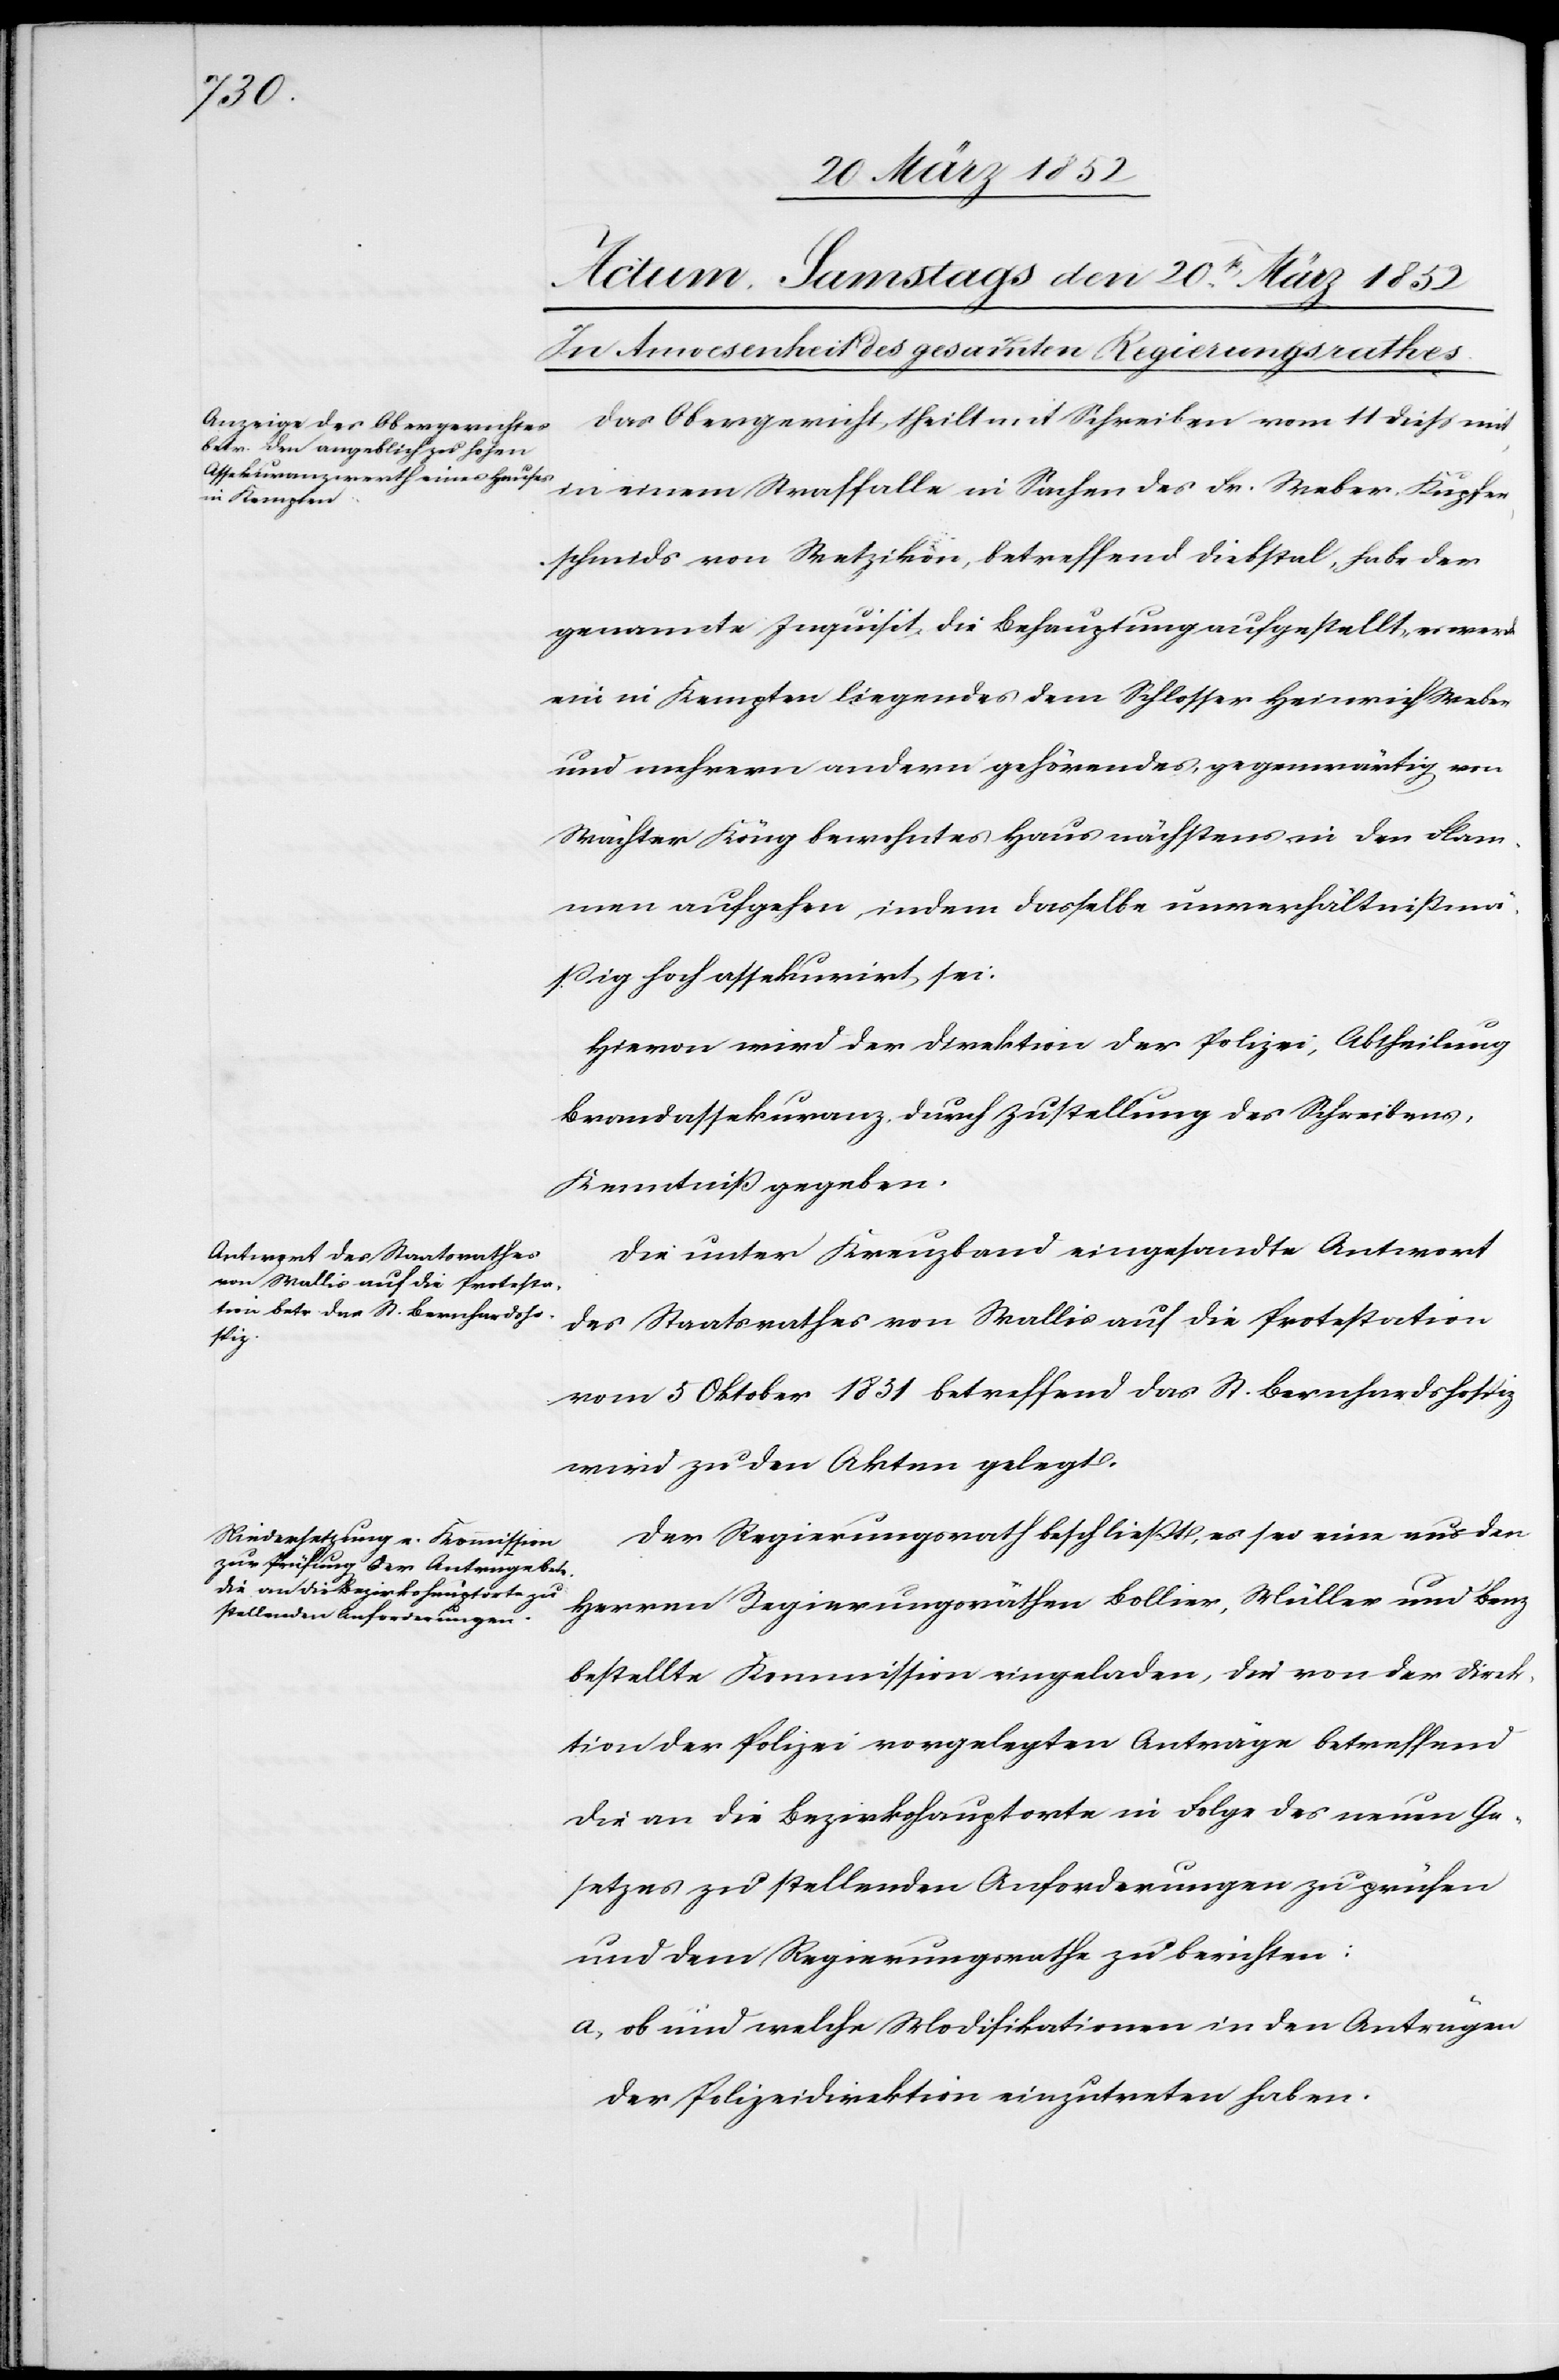
Polizei,

Das Obergericht theilt mit Schreiben vom 11 dieß mit,
in einem Straffalle in Sachen des Fr. Weber, Kupfer¬
schmids von Wetzikon, betreffend Diebstal, habe der
genannte Inquisit die Behauptung aufgestellt, es werde
ein in Kempten liegendes dem Schlosser Heinrich Weber
und mehrern andern gehörendes, gegenwärtig von
Wächter Köng bewohntes Haus nächstens in den Flam¬
men aufgehen, indem dasselbe unverhältnißmä¬
ßig hoch assekurirt sei.
Brandassekuranz, durch Zustellung des Schreibens,
Kenntniß gegeben.
Die unter Kreuzband eingesandte Antwort
des Staatsrathes von Wallis auf die Protestation
vom 5 Oktober 1851 betreffend das St. Bernhardshospiz
wird zu den Akten gelegt.
Der Regierungsrath beschließt, es sei eine aus den
Herren Regierungsräthen Bollier, Müller und Benz
bestellte Kommission eingeladen, die von der Direk¬
tion der Polizei vorgelegten Anträge betreffend
die an die Bezirkshauptorte in Folge des neuen Ge¬
setzes zu stellenden Anforderungen zu prüfen
und dem Regierungsrathe zu berichten:
a) ob und welche Modifikationen in den Anträgen
der Polizeidirektion einzutreten haben.